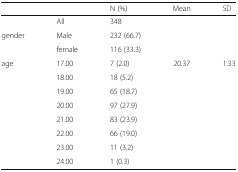
|  |  | N (%) | Mean | SD |
 | --- | --- | --- | --- | --- |
 |  | All | 348 |  |  |
 | <ROWSPAN=2> gender | Male | 232 (66.7) |  |  |
 | female | 116 (33.3) |  |  |
 | age | 17.00 | 7 (2.0) | 20.37 | 1.33 |
 |  | 18.00 | 18 (5.2) |  |  |
 |  | 19.00 | 65 (18.7) |  |  |
 |  | 20.00 | 97 (27.9) |  |  |
 |  | 21.00 | 83 (23.9) |  |  |
 |  | 22.00 | 66 (19.0) |  |  |
 |  | 23.00 | 11 (3.2) |  |  |
 |  | 24.00 | 1 (0.3) |  |  |